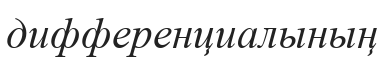
дифференциалының